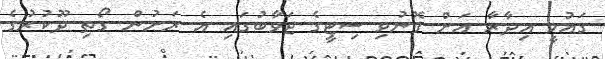
ގައުމީ އިދާރާ އަށް ފޮނުވި ސިޓީގެ ޖަވާބުގައި އެ ރަށުން ގޯތި ދޫކުރުގެ